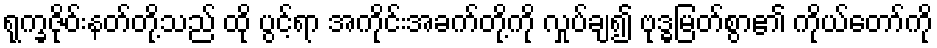
ရုက္ခဇိုဝ်းနတ်တို့သည် ထို ပွင့်ရာ အကိုင်းအခက်တို့ကို လှုပ်ချ၍ ဗုဒ္ဓမြတ်စွာ၏ ကိုယ်တော်ကို